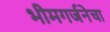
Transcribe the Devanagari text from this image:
भीमगर्जनेचा